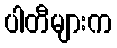
ပါတီများက